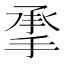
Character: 𰔄